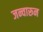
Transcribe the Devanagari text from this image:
जन्वारून